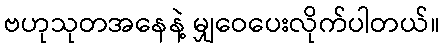
ဗဟုသုတအနေနဲ့ မျှဝေပေးလိုက်ပါတယ်။